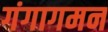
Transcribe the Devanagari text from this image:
गंगागमन